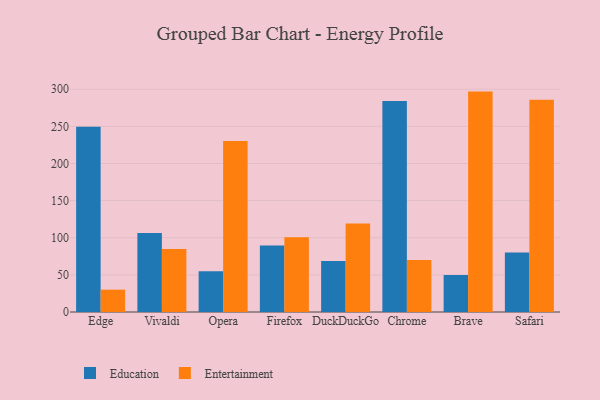
{"axis": {"x": "Browser", "y": "Waste Production (Tons)"}, "legend": ["Education", "Entertainment"], "data": [{"x": "Edge", "y": 249.4, "type": "Education"}, {"x": "Edge", "y": 30.1, "type": "Entertainment"}, {"x": "Vivaldi", "y": 106.4, "type": "Education"}, {"x": "Vivaldi", "y": 84.9, "type": "Entertainment"}, {"x": "Opera", "y": 55.0, "type": "Education"}, {"x": "Opera", "y": 230.4, "type": "Entertainment"}, {"x": "Firefox", "y": 89.6, "type": "Education"}, {"x": "Firefox", "y": 100.6, "type": "Entertainment"}, {"x": "DuckDuckGo", "y": 68.8, "type": "Education"}, {"x": "DuckDuckGo", "y": 119.1, "type": "Entertainment"}, {"x": "Chrome", "y": 284.1, "type": "Education"}, {"x": "Chrome", "y": 70.0, "type": "Entertainment"}, {"x": "Brave", "y": 49.7, "type": "Education"}, {"x": "Brave", "y": 296.8, "type": "Entertainment"}, {"x": "Safari", "y": 80.0, "type": "Education"}, {"x": "Safari", "y": 285.7, "type": "Entertainment"}]}